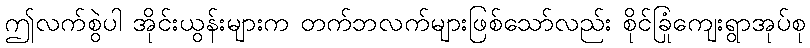
ဤလက်စွဲပါ အိုင်းယွန်းများက တက်ဘလက်များဖြစ်သော်လည်း စိုင်ခြုံကျေးရွာအုပ်စု